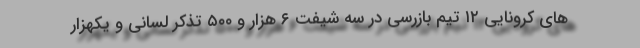
های کرونایی ۱۲ تیم بازرسی در سه شیفت ۶ هزار و ۵۰۰ تذکر لسانی و یکهزار